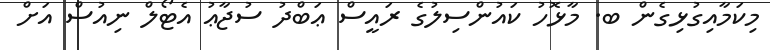
މިކަމާއިގުޅިގެން ބ. މާޅޮހު ކައުންސިލުގެ ރައީސް ޢަބްދު ސުޖާޢު އެޓޯލް ނިއުސް އަށް